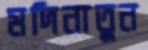
মদিনাতুন